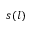
s ( l )